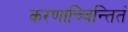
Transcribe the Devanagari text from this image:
करणाच्चिन्तितं